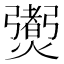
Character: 𤑨